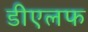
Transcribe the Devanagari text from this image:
डीएलफ